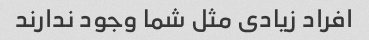
افراد زیادی مثل شما وجود ندارند